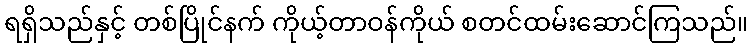
ရရှိသည်နှင့် တစ်ပြိုင်နက် ကိုယ့်တာဝန်ကိုယ် စတင်ထမ်းဆောင်ကြသည်။